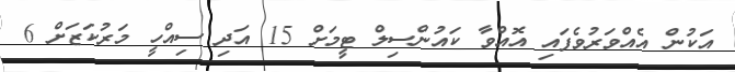
އަކުން އެއްވަރުވެފައި އޮއްވާ ކައުންސިލް ޓީމަށް 15 އަދި ސިއްހީ މަރުކަޒަށް 6